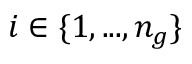
i \in \{ 1 , . . . , n _ { g } \}